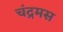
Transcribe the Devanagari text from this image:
चंद्रमस